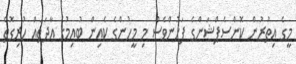
މީގެ އިތުރުން ކޮންސެޕްޝަންގެ ފަހުންވެސް މި މީހުންގެ ކެއިން ބުއިމުގެ އާދަތައް ހުރިގޮތް